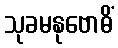
သုခမနုဗောဓိံ